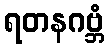
ရတနဂဗ္ဘံ